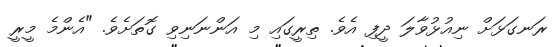
ރަނގަޅަށް ނިއުޅުވާލަ ދީފި އެވެ. ތިރީގައި މި އަންނަނިވި ގޮތަށެވެ. "އެންމެ މީރީ